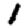
Digit: 1